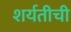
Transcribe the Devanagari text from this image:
शर्यतीची